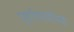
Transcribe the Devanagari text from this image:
पूर्वाचार्यांच्या